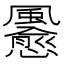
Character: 𲋊